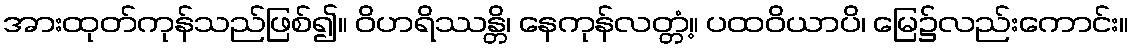
အားထုတ်ကုန်သည်ဖြစ်၍။ ဝိဟရိဿန္တိ၊ နေကုန်လတ္တံ့။ ပထဝိယာပိ၊ မြေ၌လည်းကောင်း။